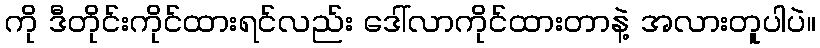
ကို ဒီတိုင်းကိုင်ထားရင်လည်း ဒေါ်လာကိုင်ထားတာနဲ့ အလားတူပါပဲ။